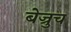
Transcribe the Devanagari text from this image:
बेज्रुच